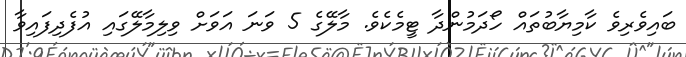
ބައިވެރިވެ ކާމިޔާބުތައް ހޯދަމުންދާ ޓީމެކެވެ. މާލޭގެ 5 ވަނަ އަވަށް ވިލިމާލޭގައި އުފެދިފައިވާ